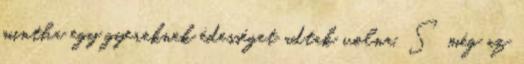
mintha egy gyereknek édességet adtak volna. S még az